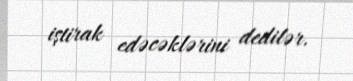
iştirak edəcəklərini dedilər.